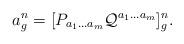
LaTeX: \begin{align*}a^n_g= [P_{a_1 \ldots a_m}{\cal Q}^{a_1 \ldots a_m}]_g^n.\end{align*}